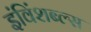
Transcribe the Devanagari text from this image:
इंविंशब्ल्स